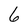
Character: 6